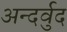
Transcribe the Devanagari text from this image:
अन्दर्वुद